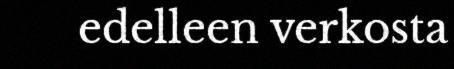
edelleen verkosta